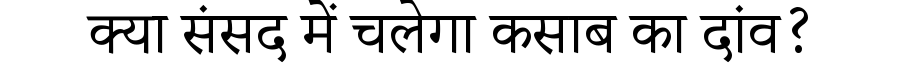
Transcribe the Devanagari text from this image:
क्या संसद में चलेगा कसाब का दांव?